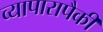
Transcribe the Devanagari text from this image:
व्यापारापैकी